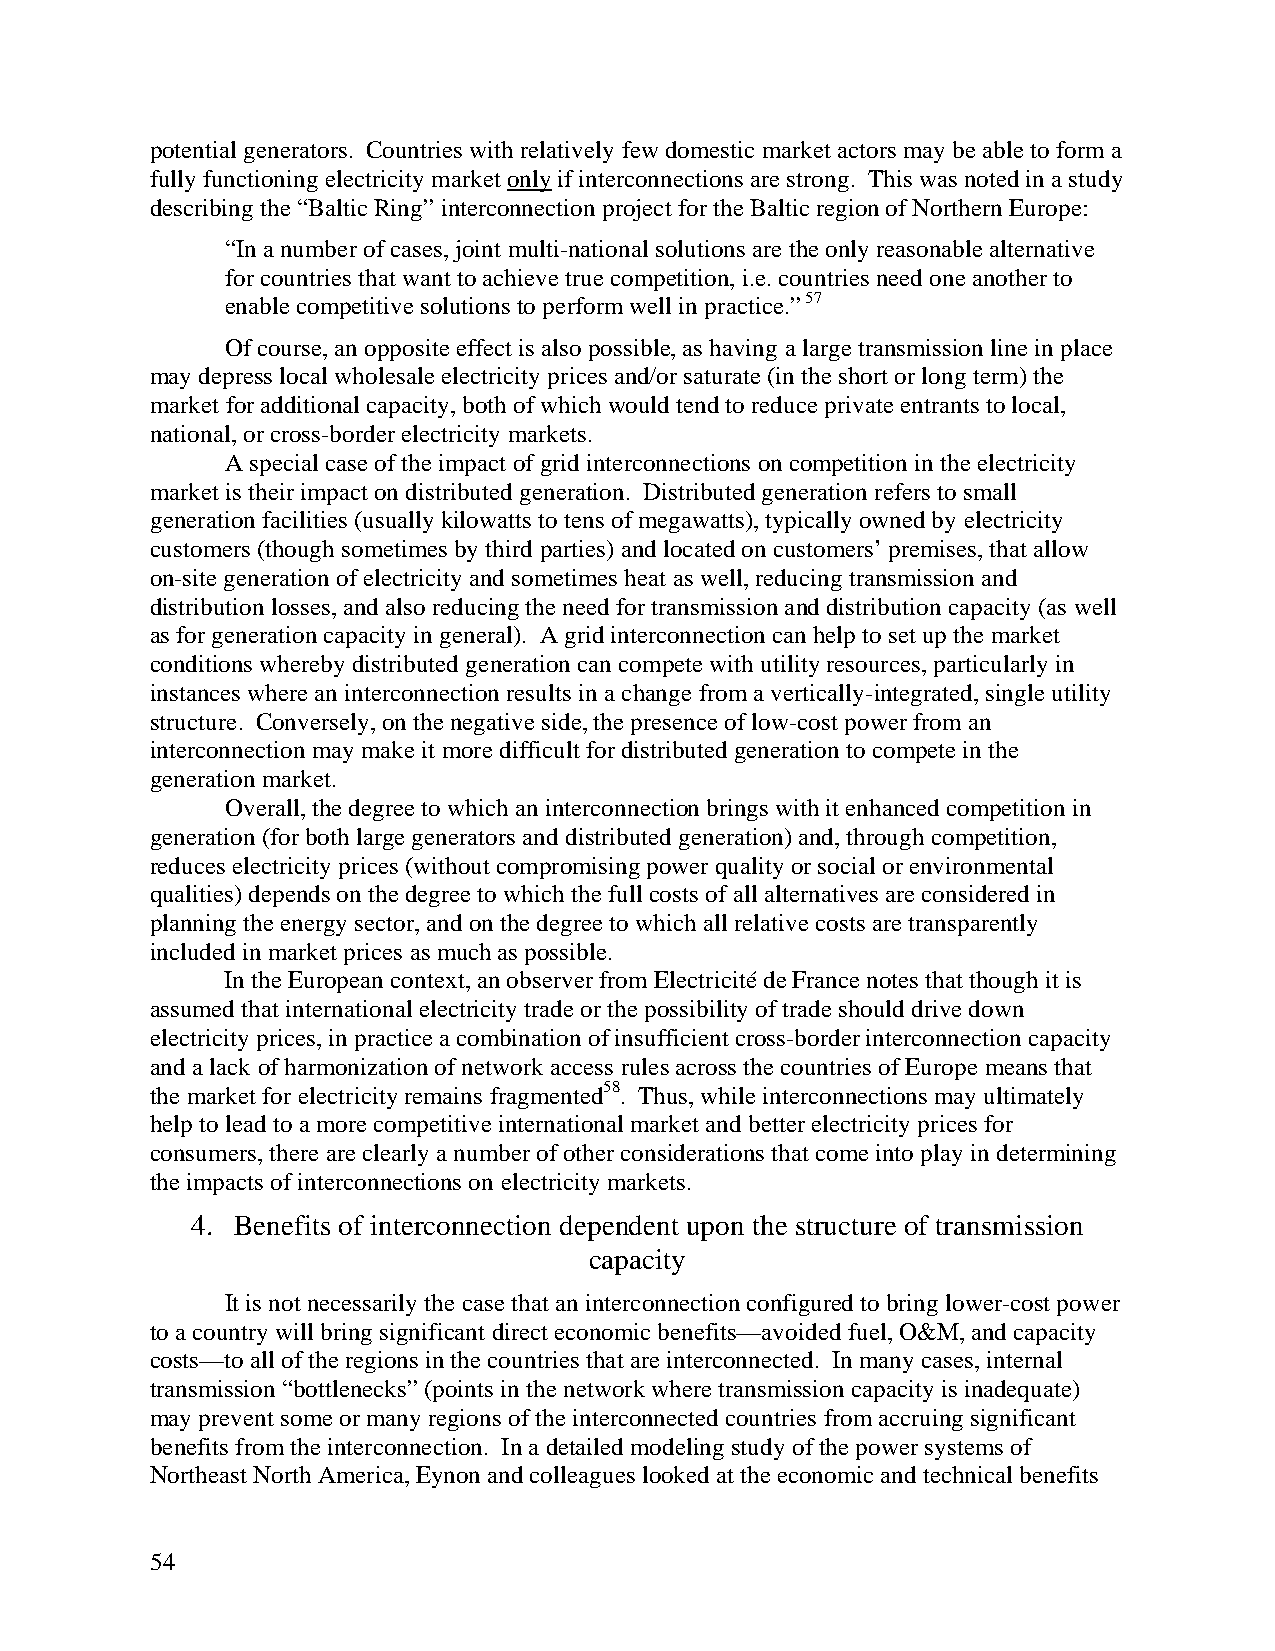
potential generators. Countries with relatively few domestic market actors may be able to form a
 fully functioning electricity market only if interconnections are strong. This was noted in a study
 describing the “Baltic Ring” interconnection project for the Baltic region of Northern Europe:
 “In a number of cases, joint multi-national solutions are the only reasonable alternative
 for countries that want to achieve true competition, i.e. countries need one another to
 enable competitive solutions to perform well in practice.” 57
 Of course, an opposite effect is also possible, as having a large transmission line in place
 may depress local wholesale electricity prices and/or saturate (in the short or long term) the
 market for additional capacity, both of which would tend to reduce private entrants to local,
 national, or cross-border electricity markets.
 A special case of the impact of grid interconnections on competition in the electricity
 market is their impact on distributed generation. Distributed generation refers to small
 generation facilities (usually kilowatts to tens of megawatts), typically owned by electricity
 customers (though sometimes by third parties) and located on customers’ premises, that allow
 on-site generation of electricity and sometimes heat as well, reducing transmission and
 distribution losses, and also reducing the need for transmission and distribution capacity (as well
 as for generation capacity in general). A grid interconnection can help to set up the market
 conditions whereby distributed generation can compete with utility resources, particularly in
 instances where an interconnection results in a change from a vertically-integrated, single utility
 structure. Conversely, on the negative side, the presence of low-cost power from an
 interconnection may make it more difficult for distributed generation to compete in the
 generation market.
 Overall, the degree to which an interconnection brings with it enhanced competition in
 generation (for both large generators and distributed generation) and, through competition,
 reduces electricity prices (without compromising power quality or social or environmental
 qualities) depends on the degree to which the full costs of all alternatives are considered in
 planning the energy sector, and on the degree to which all relative costs are transparently
 included in market prices as much as possible.
 In the European context, an observer from Electricité de France notes that though it is
 assumed that international electricity trade or the possibility of trade should drive down
 electricity prices, in practice a combination of insufficient cross-border interconnection capacity
 and a lack of harmonization of network access rules across the countries of Europe means that
 the market for electricity remains fragmented58. Thus, while interconnections may ultimately
 help to lead to a more competitive international market and better electricity prices for
 consumers, there are clearly a number of other considerations that come into play in determining
 the impacts of interconnections on electricity markets.
 4. Benefits of interconnection dependent upon the structure of transmission
 capacity
 It is not necessarily the case that an interconnection configured to bring lower-cost power
 to a country will bring significant direct economic benefits—avoided fuel, O&M, and capacity
 costs—to all of the regions in the countries that are interconnected. In many cases, internal
 transmission “bottlenecks” (points in the network where transmission capacity is inadequate)
 may prevent some or many regions of the interconnected countries from accruing significant
 benefits from the interconnection. In a detailed modeling study of the power systems of
 Northeast North America, Eynon and colleagues looked at the economic and technical benefits
 54